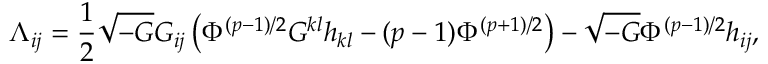
{ \Lambda } _ { i j } = \frac { 1 } { 2 } \sqrt { - G } G _ { i j } \left( { \Phi } ^ { ( p - 1 ) / 2 } G ^ { k l } h _ { k l } - ( p - 1 ) { \Phi } ^ { ( p + 1 ) / 2 } \right) - \sqrt { - G } { \Phi } ^ { ( p - 1 ) / 2 } h _ { i j } ,